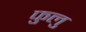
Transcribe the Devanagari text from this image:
फुलु